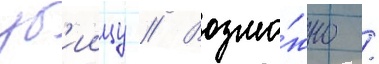
уб'иицу // Возмо́жно /